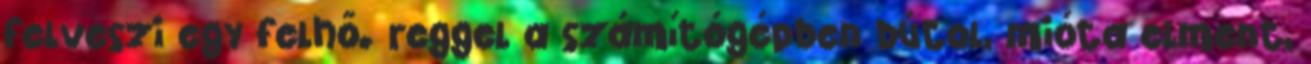
felveszi egy felhő. reggel a számítógépben bútol, mióta elment,